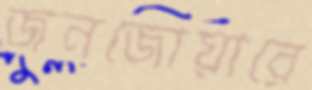
জনজোয়ারে